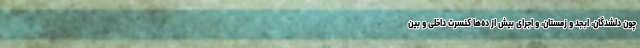
چون دلشدگان، ابجد و زمستان، و اجرای بیش از ده‌ها کنسرت داخلی و بین